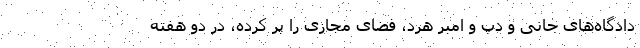
دادگاه‌های جانی و دپ و امبر هرد، فضای مجازی را پر کرده، در دو هفته